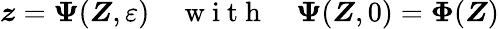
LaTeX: {\boldsymbol{z}}=\boldsymbol{\Psi}(\boldsymbol{Z},\varepsilon)\quad\mathrm{~w~i~t~h~}\quad\boldsymbol{\Psi}(\boldsymbol{Z},0)=\boldsymbol{\Phi}(\boldsymbol{Z})